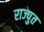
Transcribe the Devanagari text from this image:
राज्पुत